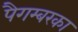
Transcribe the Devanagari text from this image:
पैगम्बरका